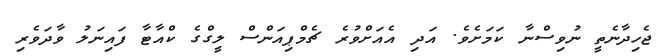
ޖެހިދާނެތީ ނުވިސްނާ ކަމަށެވެ. އަދި އެއަށްވުރެ ޗެމްޕިއަންސް ލީގްގެ ކްއާޓާ ފައިނަލު ވާދަވެރި